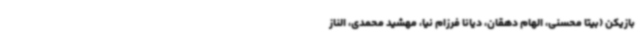
بازیکن (بیتا محسنی، الهام دهقان، دیانا فرزام نیا، مهشید محمدی، الناز